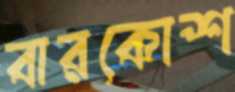
বারকোশ